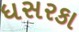
ધસરકા